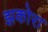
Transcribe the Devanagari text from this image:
झकोरा